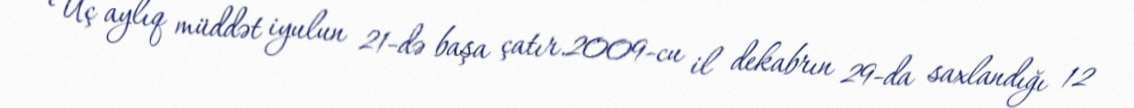
Üç aylıq müddət iyulun 21-də başa çatır.2009-cu il dekabrın 29-da saxlandığı 12